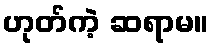
ဟုတ်ကဲ့ ဆရာမ။